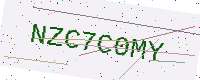
Text: NZC7C0MY